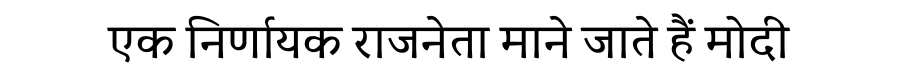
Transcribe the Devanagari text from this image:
एक निर्णायक राजनेता माने जाते हैं मोदी